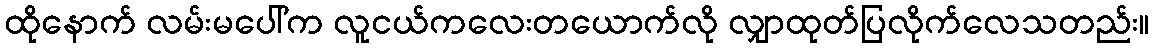
ထိုနောက် လမ်းမပေါ်က လူငယ်ကလေးတယောက်လို လျှာထုတ်ပြလိုက်လေသတည်း။